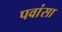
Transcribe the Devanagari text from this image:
पवांसा